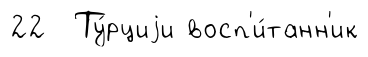
22 Ту́рциjи восп'и́танн'ик